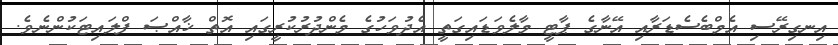
އިނގިރޭސި އެމްބެސެޑަރާއި އޭނާގެ ޕާޓީ މާލެވަޑައިގަތީ އެދުވަހުގެ މެންދުރުކުރީގައި އޮތް ޚާއްޞަ ފްލައިޓަކުންނެވެ.